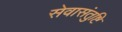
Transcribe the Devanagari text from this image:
सेवासंतुष्टि